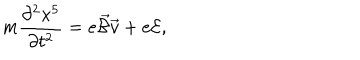
LaTeX: m \frac { \partial ^ { 2 } x ^ { 5 } } { \partial t ^ { 2 } } = e \overrightarrow { { \cal { B } } } \overrightarrow { v } + e { \cal { E } } ,